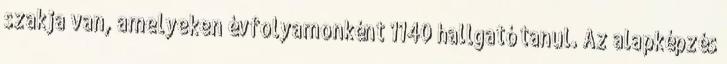
szakja van, amelyeken évfolyamonként 1140 hallgató tanul. Az alapképzés